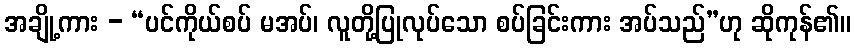
အချို့ကား - “ပင်ကိုယ်စပ် မအပ်၊ လူတို့ပြုလုပ်သော စပ်ခြင်းကား အပ်သည်”ဟု ဆိုကုန်၏။